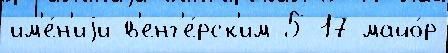
им'е́н'иjи в'енг'е́рск'им 5-17 майо́р